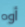
أوه